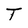
Character: T